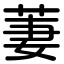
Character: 萋